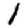
Digit: 1